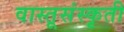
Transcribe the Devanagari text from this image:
वास्तूसंस्कृती